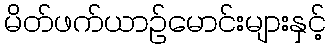
မိတ်ဖက်ယာဉ်မောင်းများနှင့်